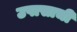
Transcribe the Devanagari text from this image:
उपासाची